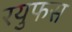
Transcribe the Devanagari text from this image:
रयुफस